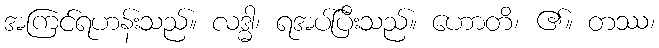
အကြင်ရဟန်းသည်။ လဒ္ဓါ၊ ရအပ်ပြီးသည်။ ဟောတိ၊ ၏။ တဿ၊